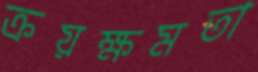
ক্রয়ক্ষমতা